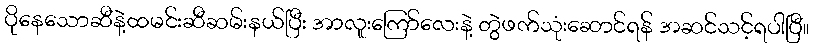
ပိုနေသောဆီနဲ့ထမင်းဆီဆမ်းနယ်ပြီး အာလူးကြော်လေးနဲ့ တွဲဖက်သုံးဆောင်ရန် အဆင်သင့်ရပါပြီ။